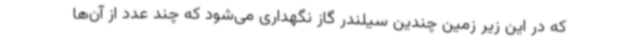
که در این زیر زمین چندین سیلندر گاز نگهداری می‌شود که چند عدد از آن‌ها